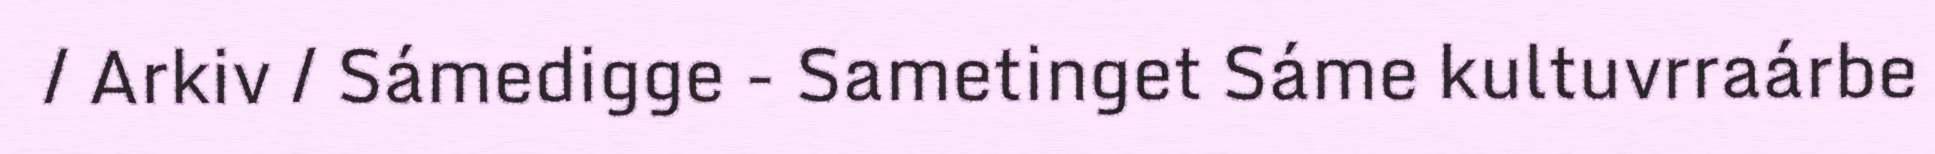
/ Arkiv / Sámedigge - Sametinget Sáme kultuvrraárbe